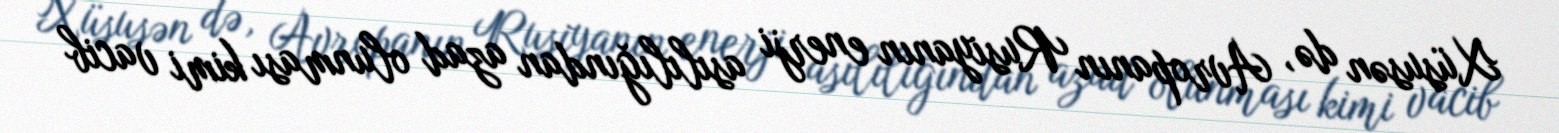
Xüsusən də, Avropanın Rusiyanın enerji asılılığından azad olunması kimi vacib